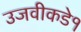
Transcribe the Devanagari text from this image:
उजवीकडे१